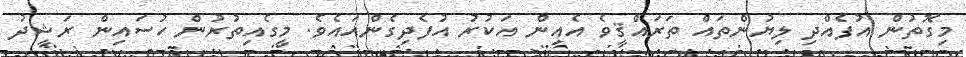
މިގޮތުން އުފެއްދި ލިޔުންތައް ތަރައްޤީވެ އެއިން އަކުރު އުފެދިގެންއައެވެ. މީގެއިތުރުން ހުސައިން ރަޝީދު